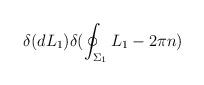
LaTeX: \begin{align*}\delta(dL_{1})\delta(\oint_{\Sigma_{1}}L_1 - 2\pi n)\end{align*}